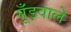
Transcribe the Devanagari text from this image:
सूँड़वाले